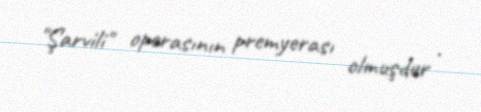
"Şarvili" operasının premyerası olmuşdur .